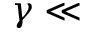
\gamma \ll